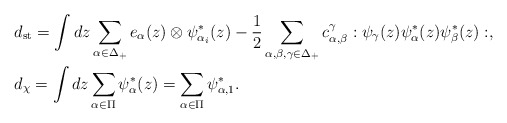
\begin{align*}&d_{\mathrm{st}}=\int dz \sum_{\alpha\in \Delta_+}e_{\alpha}(z)\otimes \psi_{\alpha_i}^*(z)-\frac{1}{2}\sum_{\alpha,\beta,\gamma\in \Delta_+}c_{\alpha,\beta}^\gamma:\psi_\gamma(z)\psi_\alpha^*(z)\psi_\beta^*(z):, \\&d_{\chi}=\int dz \sum_{\alpha\in \Pi}\psi^*_\alpha(z)=\sum_{\alpha\in \Pi}\psi^*_{\alpha,1}.\end{align*}